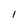
Character: 1